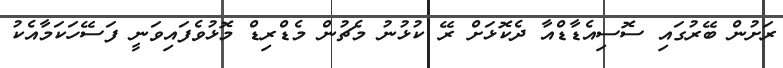
ރަށުން ބޭރުގައި ސޮސިއެޑާޑްއާ ދެކޮޅަށް ރޭ ކުޅުނު މެޗުން މެޑްރިޑް މޮޅުވެފައިވަނީ ފަސޭހަކަމާއެކު